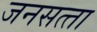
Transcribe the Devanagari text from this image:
जनसत्‍ता